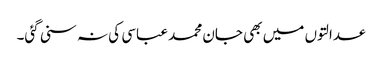
عدالتوں میں بھی جان محمد عباسی کی نہ سنی گئی۔